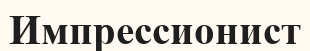
Импрессионист